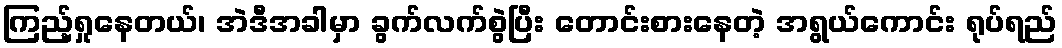
ကြည့်ရှုနေတယ်၊ အဲဒီအခါမှာ ခွက်လက်စွဲပြီး တောင်းစားနေတဲ့ အရွယ်ကောင်း ရုပ်ရည်